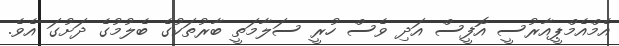
އެމްއެމްޕީއާރުސީ އޮފީސް އަދި ވެސް ހުރީ ސަލާމަތީ ބާރުތަކުގެ ބެލުމުގެ ދަށުގަ އެވެ.